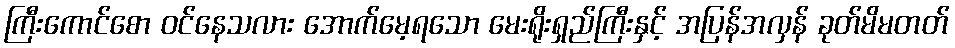
ကြီးကောင်စော ဝင်နေသလား အောက်မေ့ရသော မေးရိုးရှည်ကြီးနှင့် အပြန်အလှန် ခုတ်မိမတတ်